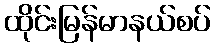
ထိုင်းမြန်မာနယ်စပ်